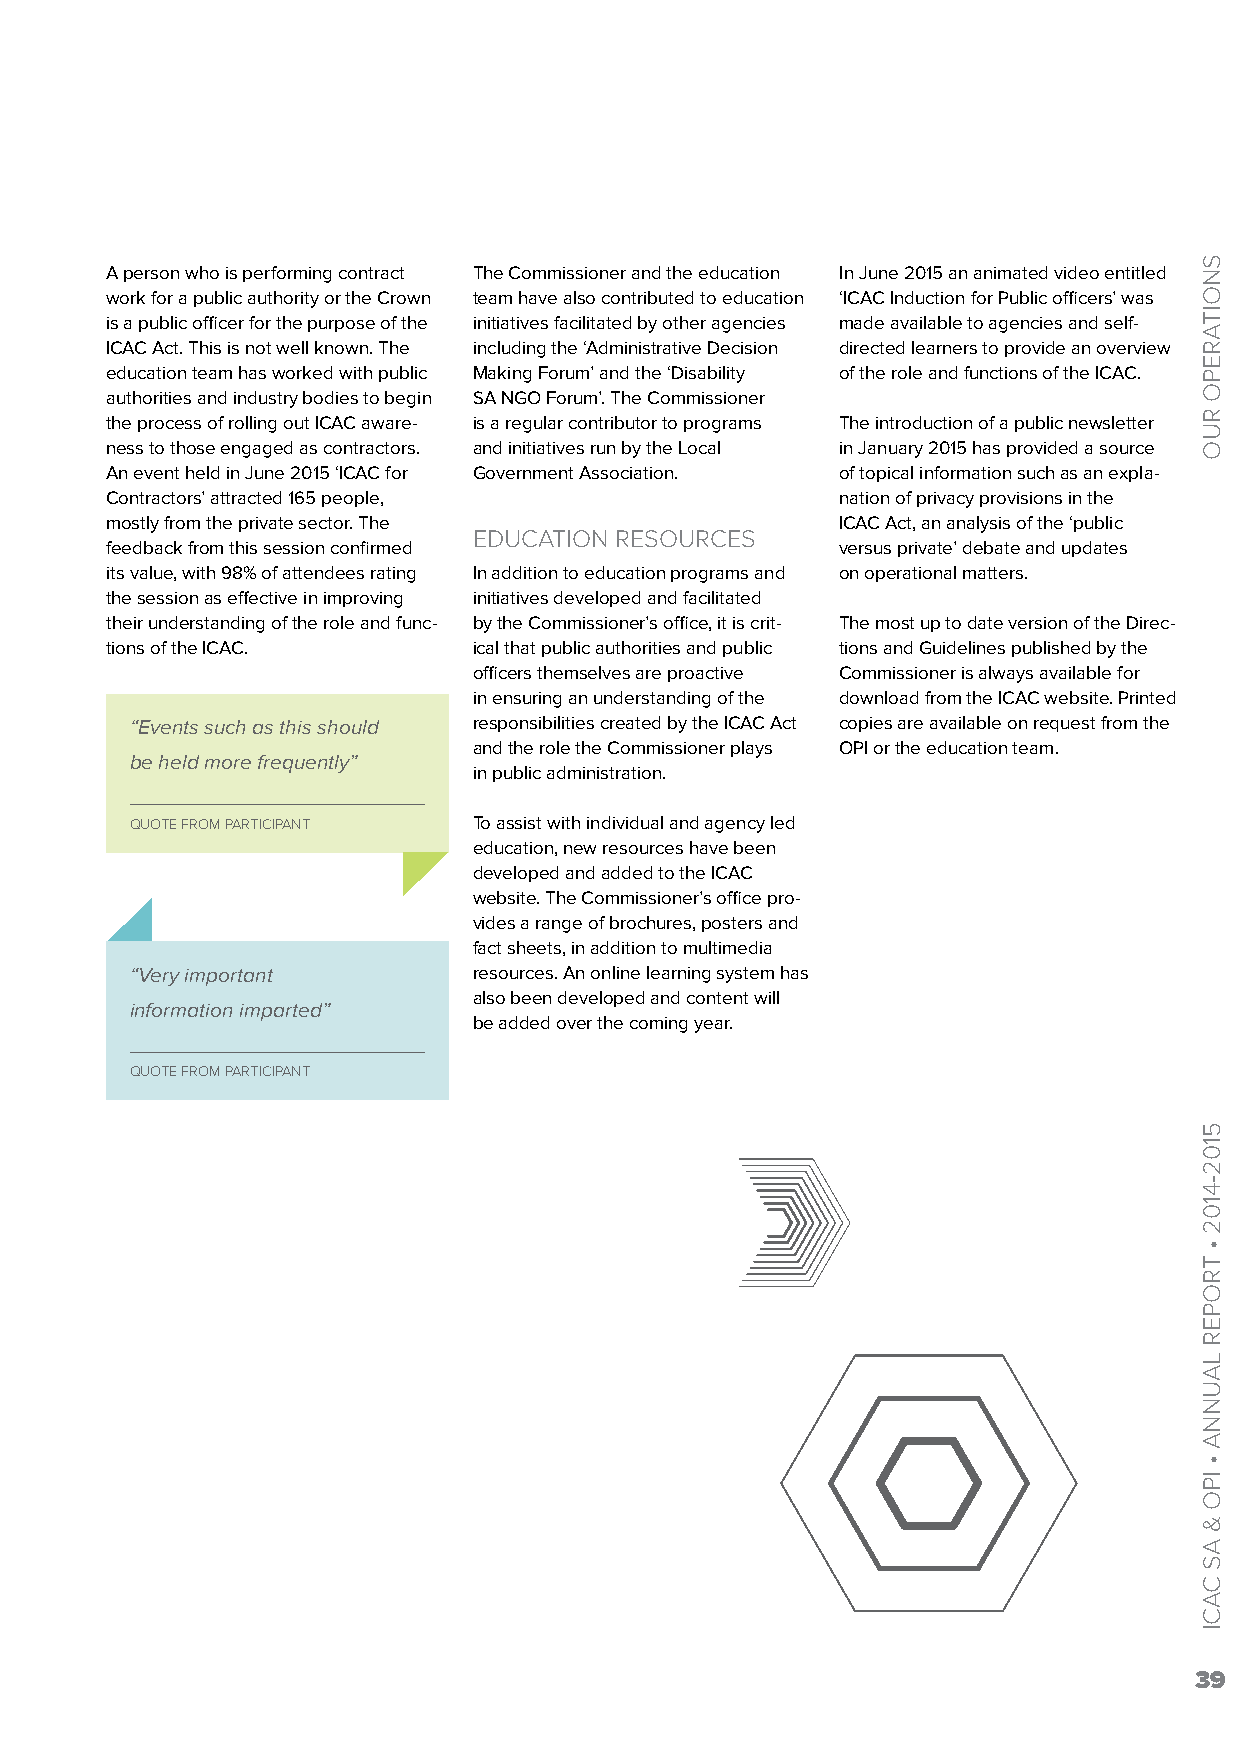
A person who is performing contract The Commissioner and the education In June 2015 an animated video entitled
 work for a public authority or the Crown team have also contributed to education ‘ICAC Induction for Public officers’ was
 is a public officer for the purpose of the initiatives facilitated by other agencies made available to agencies and self-
 ICAC Act. This is not well known. The including the ‘Administrative Decision directed learners to provide an overview
 education team has worked with public Making Forum’ and the ‘Disability of the role and functions of the ICAC.
 authorities and industry bodies to begin SA NGO Forum’. The Commissioner
 the process of rolling out ICAC aware- is a regular contributor to programs The introduction of a public newsletter
 ness to those engaged as contractors. and initiatives run by the Local in January 2015 has provided a source
 An event held in June 2015 ‘ICAC for Government Association. of topical information such as an expla-
 Contractors’ attracted 165 people,               nation of privacy provisions in the
 mostly from the private sector. The              ICAC Act, an analysis of the ‘public
 EDUCATION RESOURCES
 feedback from this session confirmed             versus private’ debate and updates
 its value, with 98% of attendees rating In addition to education programs and on operational matters.
 the session as effective in improving initiatives developed and facilitated
 their understanding of the role and func- by the Commissioner’s office, it is crit- The most up to date version of the Direc-
 tions of the ICAC.      ical that public authorities and public tions and Guidelines published by the
 officers themselves are proactive Commissioner is always available for
 in ensuring an understanding of the download from the ICAC website. Printed
 “Events such as this should responsibilities created by the ICAC Act copies are available on request from the
 and the role the Commissioner plays OPI or the education team.
 be held more frequently”
 in public administration.
 QUOTE FROM PARTICIPANT To assist with individual and agency led
 education, new resources have been
 developed and added to the ICAC
 website. The Commissioner’s office pro-
 vides a range of brochures, posters and
 fact sheets, in addition to multimedia
 “Very important       resources. An online learning system has
 also been developed and content will
 information imparted”
 be added over the coming year.
 QUOTE FROM PARTICIPANT
 39
 SNOITAREPO
 RUO
 5102-4102
 •
 TROPER
 LAUNNA
 •
 IPO
 &
 AS
 CACI